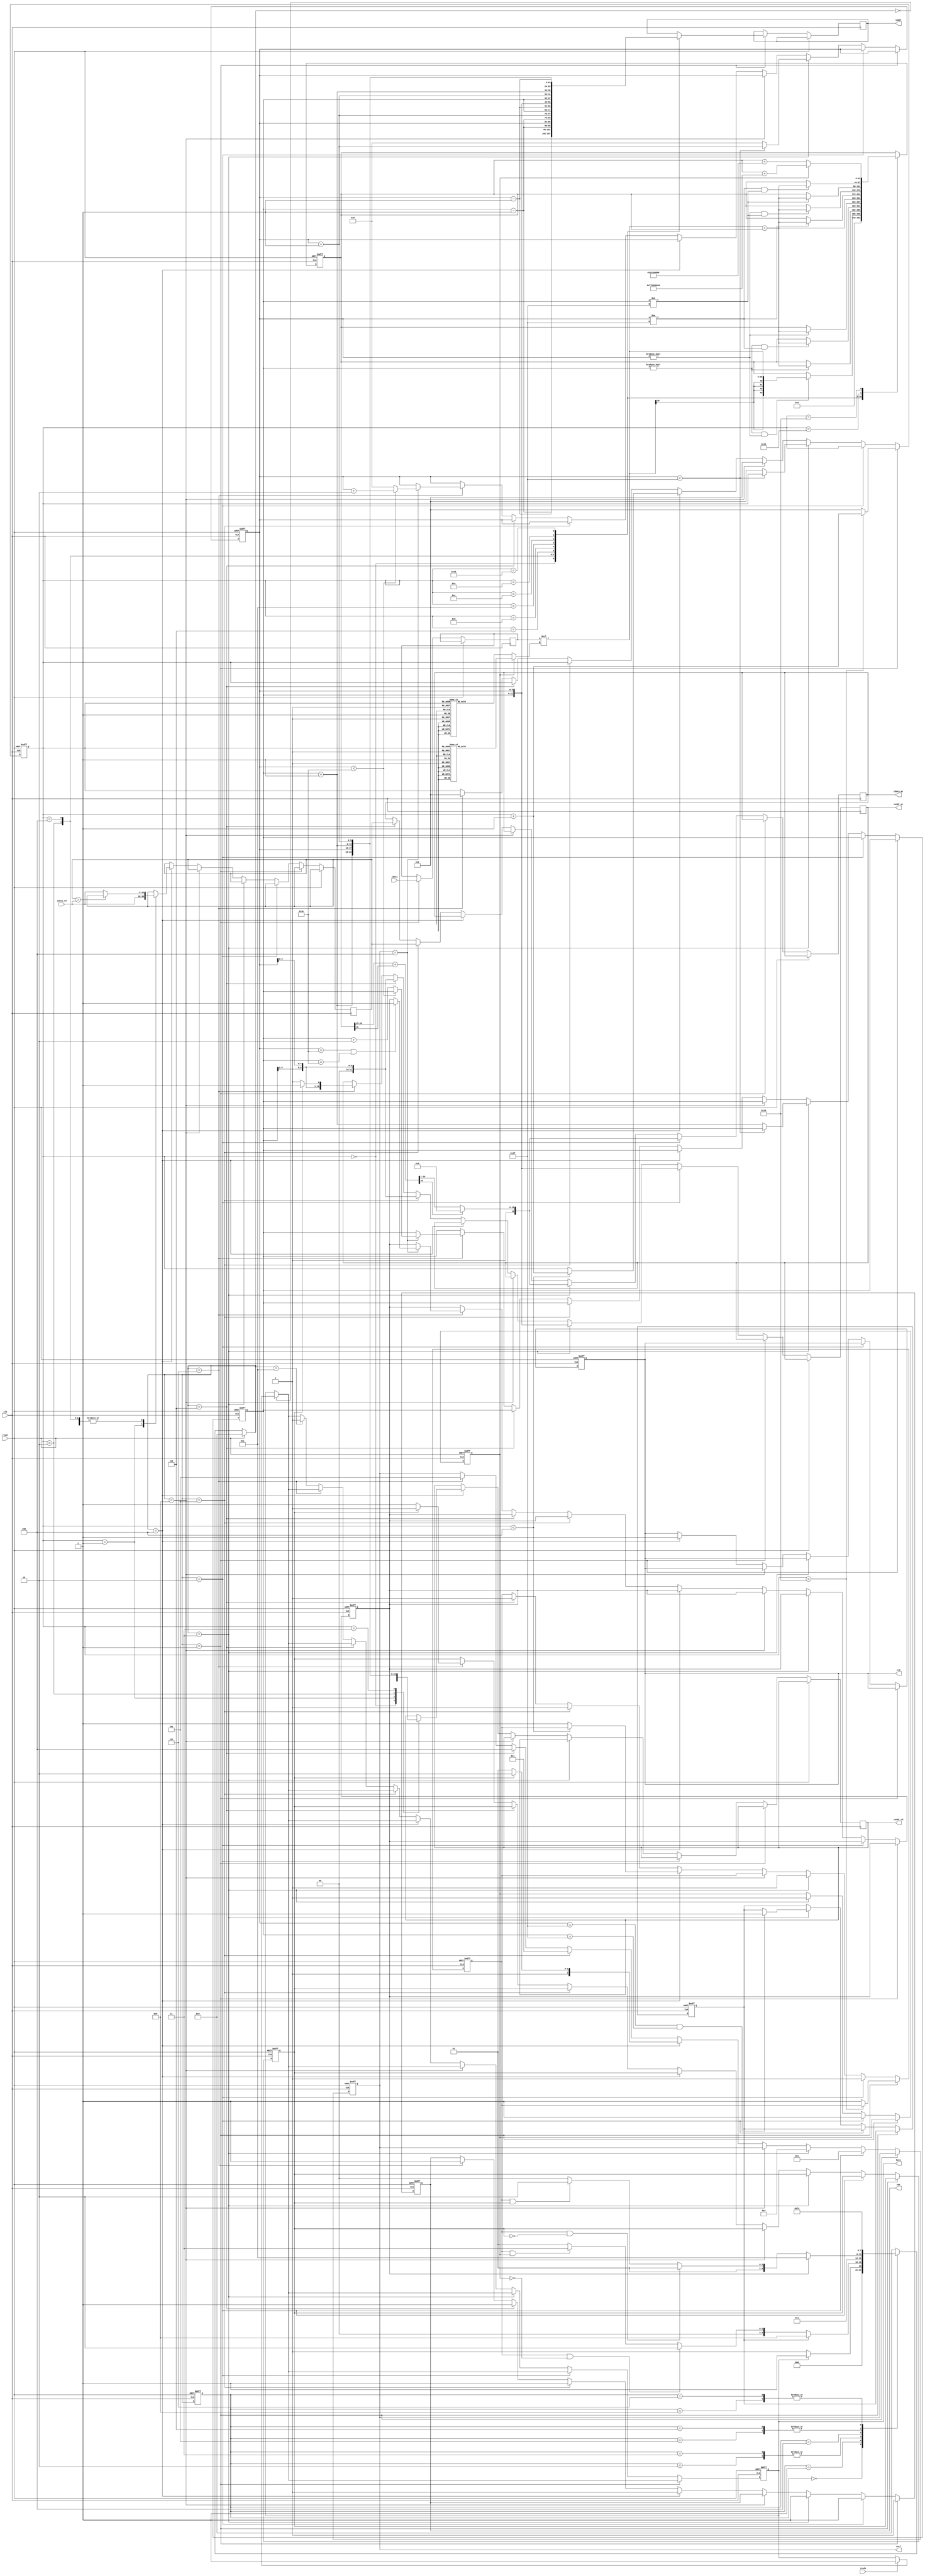
module  CONV(
	input		clk,
	input		reset,
	output reg busy,	
	input		ready,	
			
	output  reg [11:0]	iaddr,
	input 	[19:0]	idata,	
	
	output reg cwr,
	output reg [11:0]caddr_wr,
	output reg [19:0]cdata_wr,
	
	output reg  crd,
	output reg [11:0]caddr_rd,
	input	[19:0] 	cdata_rd,
	
	output	reg [2:0] 	csel
	);

reg [3:0]state, next_state;
parameter IDLE = 4'd0,
	  READ_DATA = 4'd1,
	  WRITE_L0_0 = 4'd2,
	  WRITE_L0_1 = 4'd3,
	  READ_L0 = 4'd4,
	  WRITE_L1_0 = 4'd5,
	  WRITE_L1_1 = 4'd6,
	  FLAT = 4'd7,
	  TRANS = 4'd9,
	  FINISH = 4'd10;
	  

reg ker_sel;
reg signed [19:0]ker;
reg [5:0]row, col;
reg [4:0]cnt;
reg read_done;
reg csel_sel_flag;
reg L0_done, L1_done;

wire signed[39:0] mul;
reg  signed[43:0]ans;
assign mul = $signed(idata_reg) * ker;
reg signed[19:0]max;
wire signed[20:0] ans_out = ans[35:15] + ans[15];  
reg [19:0] idata_reg;
// assign busy = !(state == FINISH || state == IDLE);



always@(posedge clk or posedge reset)begin
    if(reset)
        state <= IDLE;
    else 
        state <= next_state;
end

always@(*)begin
    if(reset)
        next_state = IDLE;
    else begin
        case(state)
            IDLE:begin
				if(busy == 1) next_state = READ_DATA;
                else next_state = IDLE;
			end
			READ_DATA:begin
				if (L0_done) next_state = TRANS;
                else if(read_done && ker_sel == 0) next_state = WRITE_L0_0;
				else if(read_done && ker_sel == 1) next_state = WRITE_L0_1;
                else next_state = READ_DATA;  
            end
            WRITE_L0_0:begin
				next_state = READ_DATA;
            end 
			WRITE_L0_1:begin
                next_state = READ_DATA;
            end 
			TRANS:begin
				next_state = READ_L0;
			end
			READ_L0:begin
				if(L1_done) next_state = FINISH;
                else if(read_done && csel_sel_flag == 0) next_state = WRITE_L1_0;
				else if(read_done && csel_sel_flag == 1) next_state = WRITE_L1_1;
				else next_state = READ_L0;
            end 
			WRITE_L1_0:begin
				next_state = FLAT;
            end 
			WRITE_L1_1:begin
                next_state = FLAT;
            end 
			FLAT:begin
				next_state = READ_L0;
            end 
            default:    next_state = IDLE;
        endcase
    end 
end


//DATA INPUT
always@(posedge clk or posedge reset)begin
    if(reset)begin
		csel <= 0;
		row <= 0;
		col <= 0;
		cnt <= 0;
		read_done <= 0;
		ker_sel <= 0;
		csel_sel_flag <= 0;
		crd <= 0;
		cwr <= 0;
		L0_done <= 0;
		L1_done <= 0;
		busy <= 0;
    end
    else begin
		if(next_state == IDLE)begin
			if(ready == 1)
				busy <= 1;
		end
		if(next_state == READ_DATA)begin
			cwr  <= 0;
			case(cnt)
				0:	iaddr <= {row-6'd1, col-6'd1};
				2:	iaddr <= {row-6'd1, col};
				4:	iaddr <= {row-6'd1, col+6'd1};
				6:	iaddr <= {row, col-6'd1};
				8:	iaddr <= {row, col};
				10:	iaddr <= {row, col+6'd1};
				12:	iaddr <= {row+6'd1, col-6'd1};
				14:	iaddr <= {row+6'd1, col};
				16:  iaddr <= {row+6'd1, col+6'd1};
			endcase
			idata_reg <= idata;
			if(cnt < 20)
				cnt <= cnt + 1;
			else begin
				read_done <= 1;
				cnt <= 0;
			end
		end
		else if(next_state == WRITE_L0_0)begin
			read_done <= 0;
			csel <= 3'b001;
			cwr  <= 1;
			cdata_wr <= (ans_out[20]) ? 0 : ans_out[20:1];
			caddr_wr <= {row,col};
			ker_sel <= 1;
		end
		else if(next_state == WRITE_L0_1)begin
			read_done <= 0;
			csel <= 3'b010;
			cwr  <= 1;
			cdata_wr <= (ans_out[20]) ? 0 : ans_out[20:1];
			caddr_wr <= {row,col};
			
			
			if(col < 63)
				col <= col + 1;
			else begin
				col <= 0;
				row <= row + 1;
				cnt <= 0;
			end
			ker_sel <= 0;

			if(col == 63 && row == 63)begin
				L0_done <= 1;
			end
		end
		else if(next_state == TRANS)begin
			cnt <= 0;
		end
		else if(next_state == READ_L0)begin	//MAX_POOLING
			csel <= (csel_sel_flag) ? 3'b010 : 3'b001;
			crd <= 1;
			cwr <= 0;
			case(cnt)
				0:	caddr_rd <= {row, col};
				1:begin
					caddr_rd <= {row, col+6'd1};
					max <= cdata_rd;
				end
				2:begin
					caddr_rd <= {row+6'd1, col};
					max <= (max > cdata_rd) ? max : cdata_rd;
				end
				3:begin
					caddr_rd <= {row+6'd1, col+6'd1};
					max <= (max > cdata_rd) ? max : cdata_rd;
				end
				4:	max <= (max > cdata_rd) ? max : cdata_rd;
			endcase

			if(cnt < 4)begin
				cnt <= cnt + 1;
			end
			else begin
				read_done <= 1;
				
			end
		end
		else if(next_state == WRITE_L1_0)begin
			csel <= 3'b011;
			cwr <= 1;
			caddr_wr <= {row[5:1], col[5:1]};
			cdata_wr <= max;
			read_done <= 0;
		end
		else if(next_state == WRITE_L1_1)begin
			csel <= 3'b100;
			cwr <= 1;
			caddr_wr <= {row[5:1], col[5:1]};
			cdata_wr <= max;
			read_done <= 0;
		end
		else if(next_state == FLAT)begin
			cwr <= 1;
			if(csel_sel_flag == 0)begin
				caddr_wr <= {row[5:1], col[5:1],1'b0};
				csel_sel_flag <= 1;
			end
			else begin
				caddr_wr <= {row[5:1], col[5:1],1'b1};
				csel_sel_flag <= 0;
			end
			csel <= 3'b101;

			if(csel == 3'b100)begin
				if(col < 62)
					col <= col + 2;
				else begin
					col <= 0;
					row <= row + 2;
				end
				if(col == 62 && row == 62)
					L1_done <= 1;
			end
			
			cnt <= 0;
		end
		else if(next_state == FINISH)
			busy <= 0;
    end
end


always@(*)begin
	if(ker_sel == 0)begin
		case(cnt)
			0:	ker = 20'h0A89E;
			1:	ker = 20'h0A89E;
			2:	ker = 20'h0A89E;
			3:	ker = 20'h0A89E;
			4:	ker = 20'h092D5;
			5:	ker = 20'h092D5;
			6:	ker = 20'h06D43;
			7:  ker = 20'h06D43;
			8:	ker = 20'h01004;
			9:	ker = 20'h01004;
			10:	ker = 20'hF8F71;
			11:	ker = 20'hF8F71;
			12:	ker = 20'hF6E54;
			13:	ker = 20'hF6E54;
			14:	ker = 20'hFA6D7;
			15:	ker = 20'hFA6D7;
			16:	ker = 20'hFC834;
			17:	ker = 20'hFC834;
			18:	ker = 20'hFAC19;
			19:	ker = 20'hFAC19;
			default:ker = 0;
		endcase
	end
	else begin
		case(cnt)
			0:	ker = 20'hFDB55;
			1:	ker = 20'hFDB55;
			2:	ker = 20'hFDB55;
			3:	ker = 20'hFDB55;
			4:	ker = 20'h02992;
			5:	ker = 20'h02992;
			6:	ker = 20'hFC994;
			7:	ker = 20'hFC994;
			8:	ker = 20'h050FD;
			9:	ker = 20'h050FD;
			10:	ker = 20'h02F20;
			11:	ker = 20'h02F20;
			12:	ker = 20'h0202D;
			13:	ker = 20'h0202D;
			14:	ker = 20'h03BD7;
			15:	ker = 20'h03BD7;
			16:	ker = 20'hFD369;
			17:	ker = 20'hFD369;
			18:	ker = 20'h05E68;
			19:	ker = 20'h05E68;
			default:ker = 0;
		endcase
	end
end

always @(posedge clk or posedge reset) begin
	if(reset)	ans <= 0;
	else begin
		case (cnt)
			0 :begin ans <= 0; end
			2 :begin if(row != 0 && col != 0)  ans <= mul;       end
			4 :begin if(row != 0 )             ans <= mul + ans; end
			6 :begin if(row != 0 && col != 63) ans <= mul + ans; end
			8 :begin if(col != 0) ans <= mul + ans;              end       
			10 :begin ans <= mul + ans;                           end             
			12 :begin if(col != 63 ) ans <= mul + ans;            end
			14 :begin if(col != 0 && row != 63) ans <= mul + ans; end
			16 :begin if(row != 63 ) ans <= mul + ans;             end
			18 :begin if(col != 63 && row != 63) ans <= mul + ans; end
			20:begin ans <= (ker_sel == 0) ? (ans + {$signed(20'h01310),16'd0}) : (ans + {$signed(20'hF7295),16'd0});  end
		endcase   
	end 
end

endmodule